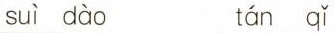
suì dào tán qǐ